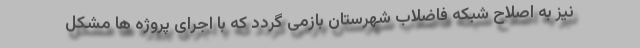
نیز به اصلاح شبکه فاضلاب شهرستان بازمی گردد که با اجرای پروژه ها مشکل